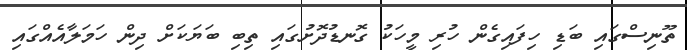
ތޫނިސްގައި ބަޑި ހިފައިގެން ހުރި މީހަކު ގޮނޑުދޮށުގައި ތިބި ބަޔަކަށް ދިން ހަމަލާއެއްގައި